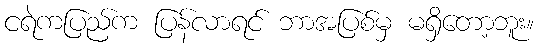
ငရဲကပြည်က ပြန်လာရင် ဘာအပြစ်မှ မရှိတော့ဘူး။